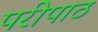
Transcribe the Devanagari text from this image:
परीपाठ